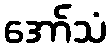
အော်သံ